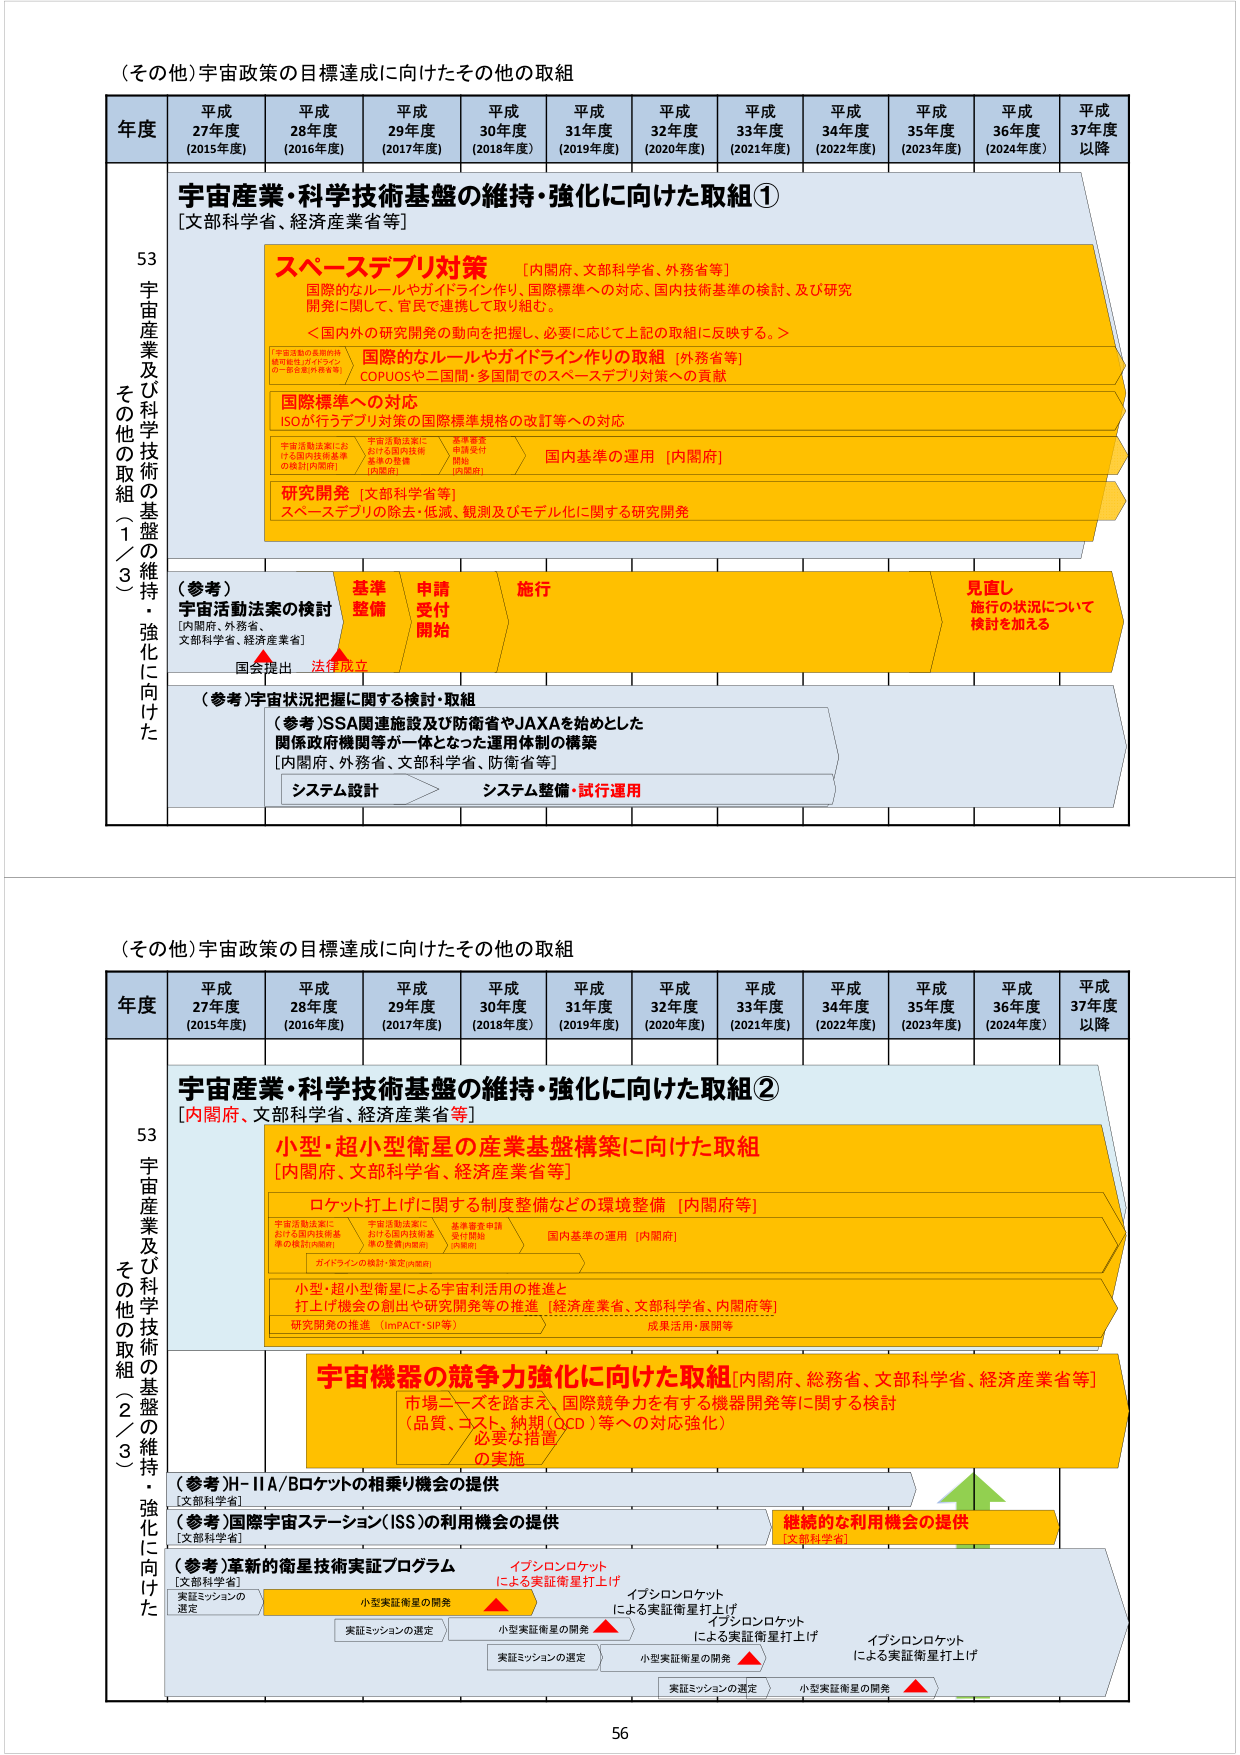
（その他）宇宙政策の目標達成に向けたその他の取組

年度 平成27年度（2015年度） 平成28年度（2016年度） 平成29年度（2017年度） 平成30年度（2018年度） 平成31年度（2019年度） 平成32年度（2020年度） 平成33年度（2021年度） 平成34年度（2022年度） 平成35年度（2023年度） 平成36年度（2024年度） 平成37年度以降

53 宇宙産業及び科学技術の基盤の維持・強化に向けた その他の取組（1／3）

宇宙産業・科学技術基盤の維持・強化に向けた取組①
[文部科学省、経済産業省等]

スペースデブリ対策 [内閣府、文部科学省、外務省等]
国際的なルールやガイドライン作り、国際標準への対応、国内技術基準の検討、及び研究開発に関して、官民で連携して取り組む。
＜国内外の研究開発の動向を把握し、必要に応じて上記の取組に反映する。＞

国際的なルールやガイドライン作りの取組 [外務省等]
COPUOSや二国間・多国間でのスペースデブリ対策への貢献

国際標準への対応
ISOが行うデブリ対策の国際標準規格の改訂等への対応

宇宙活動法案における国内技術基準の検討[内閣府] 宇宙活動法案における国内技術基準の整備[内閣府] 基準審査申請受付開始[内閣府] 国内基準の運用 [内閣府]

研究開発 [文部科学省等]
スペースデブリの除去・低減、観測及びモデル化に関する研究開発

（参考）宇宙活動法案の検討 [内閣府、外務省、文部科学省、経済産業省]
国会提出 法律成立 基準整備 申請受付開始 施行 見直し 施行の状況について検討を加える

（参考）宇宙状況把握に関する検討・取組
（参考）SSA関連施設及び防衛省やJAXAを始めとした関係政府機関等が一体となった運用体制の構築 [内閣府、外務省、文部科学省、防衛省等]
システム設計 システム整備・試行運用

（その他）宇宙政策の目標達成に向けたその他の取組

年度 平成27年度（2015年度） 平成28年度（2016年度） 平成29年度（2017年度） 平成30年度（2018年度） 平成31年度（2019年度） 平成32年度（2020年度） 平成33年度（2021年度） 平成34年度（2022年度） 平成35年度（2023年度） 平成36年度（2024年度） 平成37年度以降

53 宇宙産業及び科学技術の基盤の維持・強化に向けた その他の取組（2／3）

宇宙産業・科学技術基盤の維持・強化に向けた取組②
[内閣府、文部科学省、経済産業省等]

小型・超小型衛星の産業基盤構築に向けた取組 [内閣府、文部科学省、経済産業省等]
ロケット打上げに関する制度整備などの環境整備 [内閣府等]
宇宙活動法案における国内技術基準の検討[内閣府] 宇宙活動法案における国内技術基準の整備[内閣府] 基準審査申請受付開始[内閣府] 国内基準の運用 [内閣府] ガイドラインの検討・策定[内閣府]

小型・超小型衛星による宇宙利活用の推進と打上げ機会の創出や研究開発等の推進 [経済産業省、文部科学省、内閣府等]
研究開発の推進（imPACT・SIP等） 成果活用・展開等

宇宙機器の競争力強化に向けた取組 [内閣府、総務省、文部科学省、経済産業省等]
市場ニーズを踏まえ、国際競争力を有する機器開発等に関する検討（品質、コスト、納期（QCD）等への対応強化） 必要な措置の実施

（参考）H-IIA/Bロケットの相乗り機会の提供 [文部科学省]

（参考）国際宇宙ステーション（ISS）の利用機会の提供 [文部科学省]
継続的な利用機会の提供 [文部科学省]

（参考）革新的衛星技術実証プログラム [文部科学省]
実証ミッションの選定 小型実証衛星の開発 実証ミッションの選定 小型実証衛星の開発 実証ミッションの選定 小型実証衛星の開発
イプシロンロケットによる実証衛星打上げ イプシロンロケットによる実証衛星打上げ イプシロンロケットによる実証衛星打上げ イプシロンロケットによる実証衛星打上げ

56